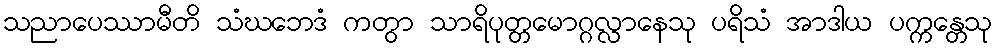
သညာပေဿာမီတိ သံဃဘေဒံ ကတွာ သာရိပုတ္တမောဂ္ဂလ္လာနေသု ပရိသံ အာဒါယ ပက္ကန္တေသု